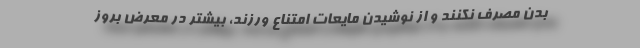
بدن مصرف نکنند و از نوشیدن مایعات امتناع ورزند، بیشتر در معرض بروز